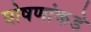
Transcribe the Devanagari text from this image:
घोषणांकडे